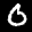
Label: 0